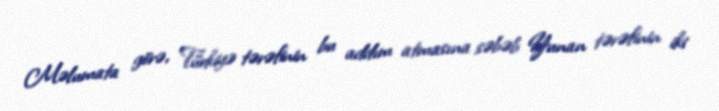
Məlumata görə, Türkiyə tərəfinin bu addım atmasına səbəb Yunan tərəfinin iki